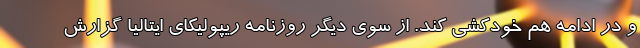
و در ادامه هم خودکشی کند. از سوی دیگر روزنامه ریپولیکای ایتالیا گزارش